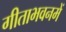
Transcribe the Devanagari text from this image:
गीताभवनमें